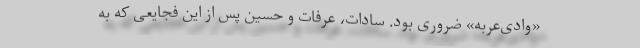
«وادی‌عربه» ضروری بود. سادات، عرفات و حسین پس از این فجایعی که به